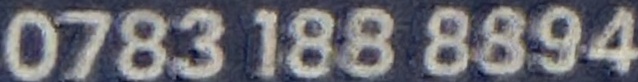
0783 188 8894